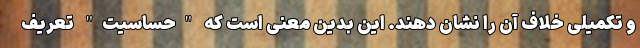
و تکمیلی خلاف آن را نشان دهند. این بدین معنی است که "حساسیت" تعریف